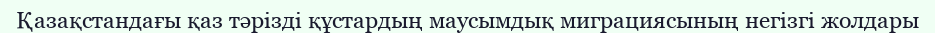
Қазақстандағы қаз тәрізді құстардың маусымдық миграциясының негізгі жолдары